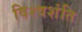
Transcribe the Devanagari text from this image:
विश्वशंति